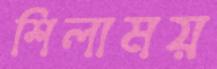
শিলাময়